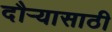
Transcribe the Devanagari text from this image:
दौऱ्यासाठी